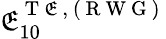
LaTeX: \mathfrak{E}_{10}^{\mathrm{{~T~\mathfrak{E}~}},\mathrm{{~(~R~W~G~)~}}}